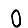
Digit: 0